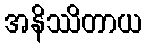
အနိဿိတာယ